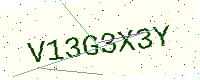
Text: V13G3X3Y